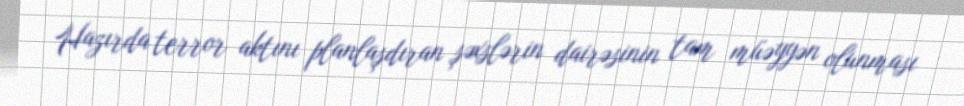
Hazırda terror aktını planlaşdıran şəxslərin dairəsinin tam müəyyən olunması